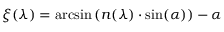
\xi ( \lambda ) = \arcsin \left( n ( \lambda ) \cdot \sin ( \alpha ) \right) - \alpha